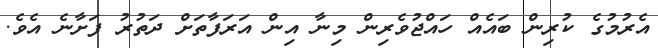
އެރުމުގެ ކުރިން ބައެއް ހައްޖުވެރިން މިނާ އިން އަރަފާތަށް ދަތުރު ފަށާނެ އެވެ.